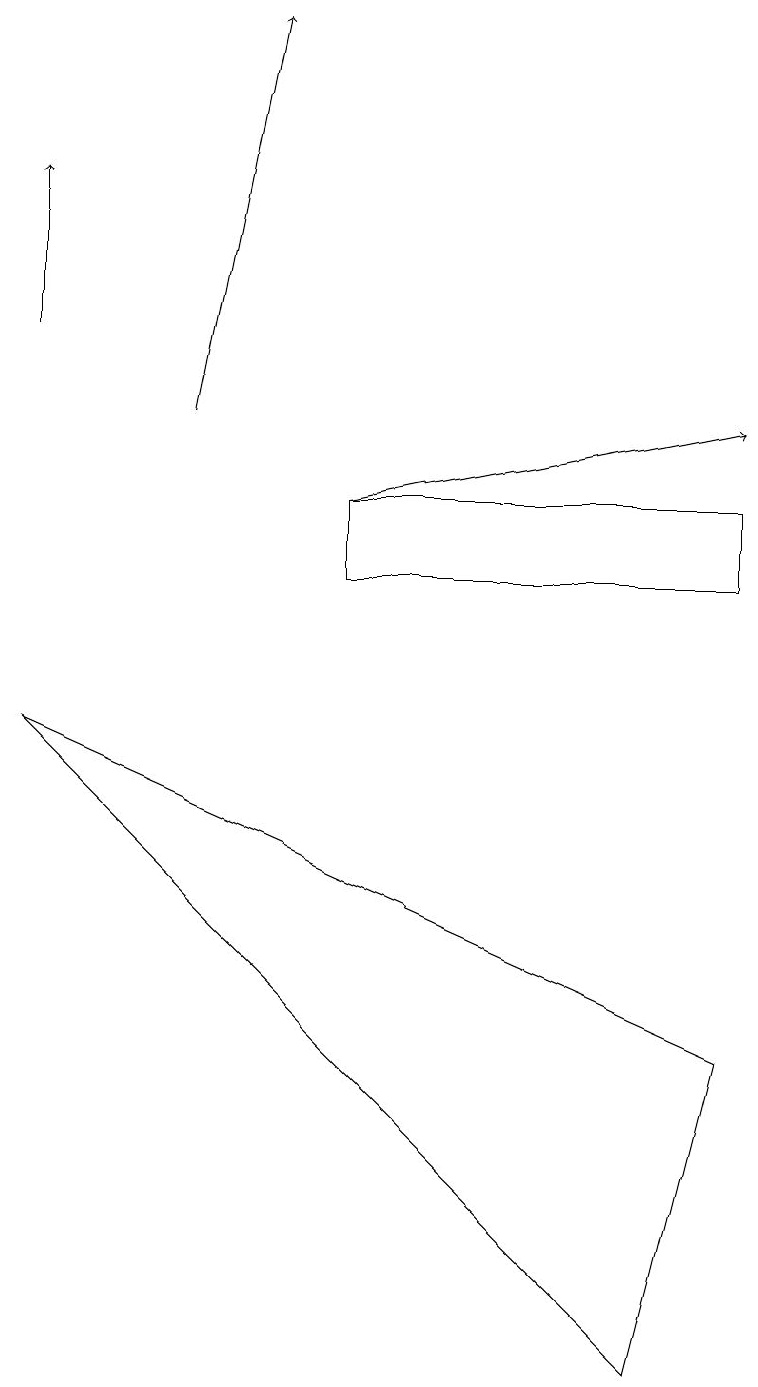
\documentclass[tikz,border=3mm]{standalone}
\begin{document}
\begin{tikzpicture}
\draw (9,4) -- (0,8) -- (8,0) -- cycle;
\draw[->] (4,11) -- (9,12);
\draw[->] (2,12) -- (3,17);
\draw (9,10) rectangle (4,11);
\draw[->] (0,13) -- (0,15);
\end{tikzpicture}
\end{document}